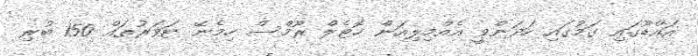
އައްޑޫގައި ގަމުގައި ހަދަންވީ އެއްމިލިއަން ހޮޓެލް ރޫމްސް ހިމެނޭ ޓަވަރުތައް 150 ބުރި